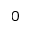
0